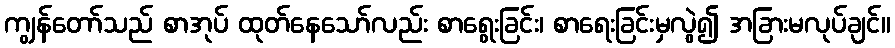
ကျွန်တော်သည် စာအုပ် ထုတ်နေသော်လည်း စာရွေးခြင်း၊ စာရေးခြင်းမှလွဲ၍ အခြားမလုပ်ချင်။